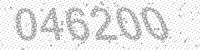
Solution: 046200